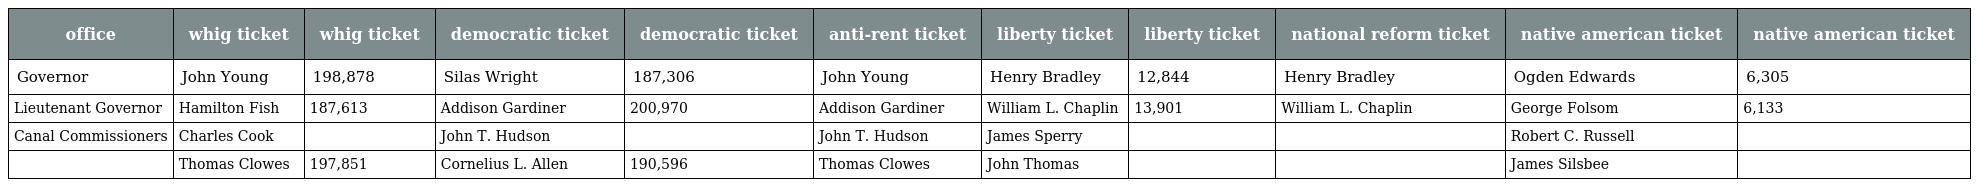
| office | whig ticket | whig ticket | democratic ticket | democratic ticket | anti-rent ticket | liberty ticket | liberty ticket | national reform ticket | native american ticket | native american ticket |
 | --- | --- | --- | --- | --- | --- | --- | --- | --- | --- | --- |
 | Governor | John Young | 198,878 | Silas Wright | 187,306 | John Young | Henry Bradley | 12,844 | Henry Bradley | Ogden Edwards | 6,305 |
 | Lieutenant Governor | Hamilton Fish | 187,613 | Addison Gardiner | 200,970 | Addison Gardiner | William L. Chaplin | 13,901 | William L. Chaplin | George Folsom | 6,133 |
 | Canal Commissioners | Charles Cook |  | John T. Hudson |  | John T. Hudson | James Sperry |  |  | Robert C. Russell |  |
 |  | Thomas Clowes | 197,851 | Cornelius L. Allen | 190,596 | Thomas Clowes | John Thomas |  |  | James Silsbee |  |